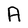
Character: A